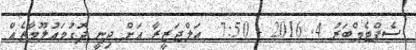
ސެޕްޓެމްބަރު 4